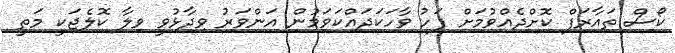
ކޯސް ތައާރަފް ކޮށްދެއްވުމަށް ފަހު ވާހަކަދައްކަވަމުން އަންވަރު ވިދާޅުވީ ވިލާ ކޮލެޖަކީ މަތީ